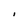
Character: i